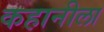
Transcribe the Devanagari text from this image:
कहानीला